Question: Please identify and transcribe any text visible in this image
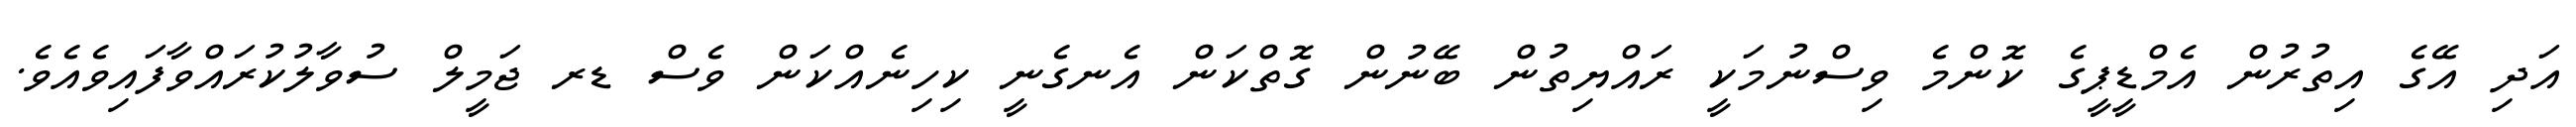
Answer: އަދި އޭގެ އިތުރުން އެމްޑީޕީގެ ކޮންމެ ވިސްނުމަކީ ރައްޔިތުން ބޭނުން ގޮތްކަން އެނގެނީ ކިހިނެއްކަން ވެސް ޑރ ޖަމީލް ސުވާލުކުރައްވާފައިވެއެވެ.